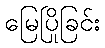
မြေပြိုခြင်း